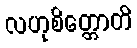
လဟုစိတ္တောတိ